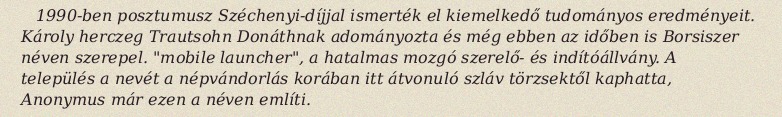
1990-ben posztumusz Széchenyi-díjjal ismerték el kiemelkedő tudományos eredményeit. Károly herczeg Trautsohn Donáthnak adományozta és még ebben az időben is Borsiszer néven szerepel. "mobile launcher", a hatalmas mozgó szerelő- és indítóállvány. A település a nevét a népvándorlás korában itt átvonuló szláv törzsektől kaphatta, Anonymus már ezen a néven említi.